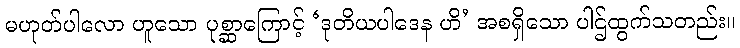
မဟုတ်ပါလော ဟူသော ပုစ္ဆာကြောင့် ‘ဒုတိယပါဒေန ဟိ’ အစရှိသော ပါဌ်ထွက်သတည်း။